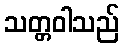
သတ္တဝါသည်